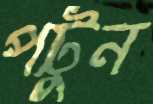
পটুন